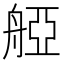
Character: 𦩒